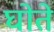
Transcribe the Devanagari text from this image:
घोते